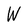
Character: W